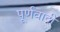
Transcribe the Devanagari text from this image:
पूर्णवादी